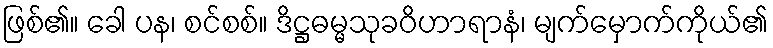
ဖြစ်၏။ ခေါ ပန၊ စင်စစ်။ ဒိဋ္ဌဓမ္မသုခဝိဟာရာနံ၊ မျက်မှောက်ကိုယ်၏